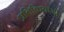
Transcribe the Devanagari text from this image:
प्रतिक्रियाओ